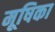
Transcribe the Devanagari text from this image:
मूषिका